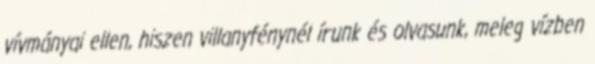
vívmányai ellen, hiszen villanyfénynél írunk és olvasunk, meleg vízben